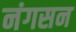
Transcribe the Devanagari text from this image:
नंगसन